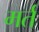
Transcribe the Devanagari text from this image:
मर्त